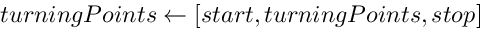
t u r n i n g P o i n t s \gets [ s t a r t , t u r n i n g P o i n t s , s t o p ]